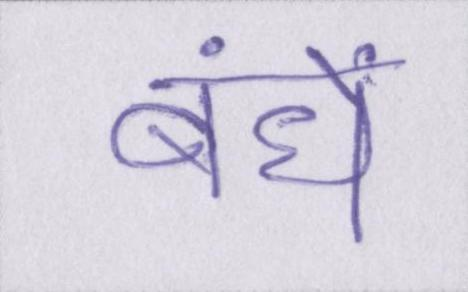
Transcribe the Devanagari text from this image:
बंधे